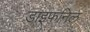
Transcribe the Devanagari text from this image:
डाइफनिल